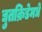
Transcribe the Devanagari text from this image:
द्युतक्रिडेमधे